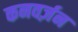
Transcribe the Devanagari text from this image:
कनवर्ज़न